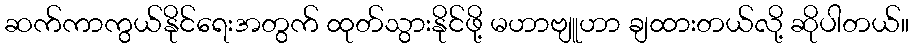
ဆက်ကာကွယ်နိုင်ရေးအတွက် ထုတ်သွားနိုင်ဖို့ မဟာဗျူဟာ ချထားတယ်လို့ ဆိုပါတယ်။